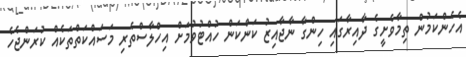
އެހެންކަމުން ތިމާވެށީގެ ދާއިރާގައި ހިންގާ ނާޖާއިޒު ކަންކަން ހުއްޓުވުމަށް އިހްލާސްތެރި މަސައްކަތްތަކެއް ކުރަންޖެހެ